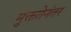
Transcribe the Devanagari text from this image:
मुक्ततेनंतर